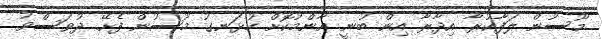
މޫސުން ލަފާކުރާ އިދާރާ އިން ބުނީ އާންމުކޮށް ހުޅަނގު މޫސުން ފެށޭ ދުވަސްވު